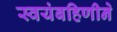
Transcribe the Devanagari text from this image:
स्वयंबहिणीने